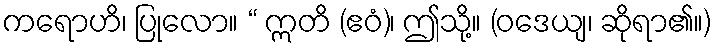
ကရောဟိ၊ ပြုလော။ “ ဣတိ (ဧဝံ)၊ ဤသို့။ (ဝဒေယျ၊ ဆိုရာ၏။)